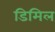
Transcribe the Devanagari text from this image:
डिमिल